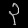
Digit: ၃